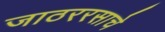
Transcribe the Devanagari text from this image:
जाठररसाचे